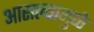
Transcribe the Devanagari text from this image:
आसल्‍यामुळे